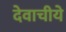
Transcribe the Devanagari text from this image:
देवाचीये